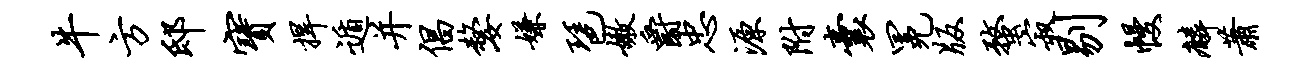
牛方邸宝捍遁并倡嫠嫌琶嫩爵忠源附囊冕版蝥寂剔幔麟萧